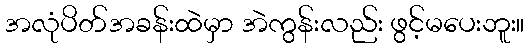
အလုံပိတ်အခန်းထဲမှာ အဲကွန်းလည်း ဖွင့်မပေးဘူး။